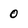
Character: 0